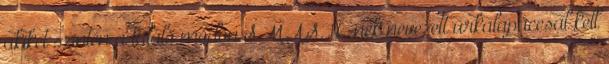
akiket szintén a találó módon S.M.A.S.H.-nek nevezett űrkalapáccsal kell